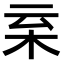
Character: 𣐂